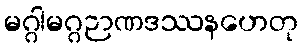
မဂ္ဂါမဂ္ဂဉာဏဒဿနဟေတု